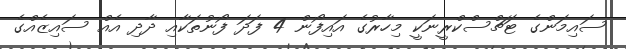
ސައިމަންގެ ޓަޗްސްކްރީނަކީ މިހާރުގެ އައިފޯން 4 ފަދަ ފޯނުތަކާއި ދާދި އެއް ސައިޒެއްގެ